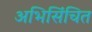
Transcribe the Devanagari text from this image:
अभिसिंचित